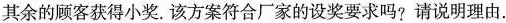
其余的顾客获得小奖. 该方案符合厂家的设奖要求吗?请说明理由.